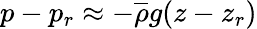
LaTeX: p-p_{r}\approx-\overline{{\rho}}g(z-z_{r})